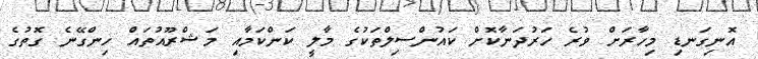
އޮނިގަނޑި މިހާރަށް ވުރެ ހަރުދަނާކޮށް ކައުންސިލްތަކުގެ މާލީ ކަންކަމާއި މަޝްރޫއުތައް ހިންގޭނެ ގޮތުގެ